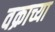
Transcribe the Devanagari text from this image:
वक्राच्या